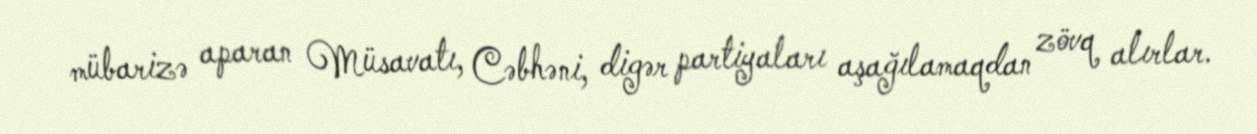
mübarizə aparan Müsavatı, Cəbhəni, digər partiyaları aşağılamaqdan zövq alırlar.